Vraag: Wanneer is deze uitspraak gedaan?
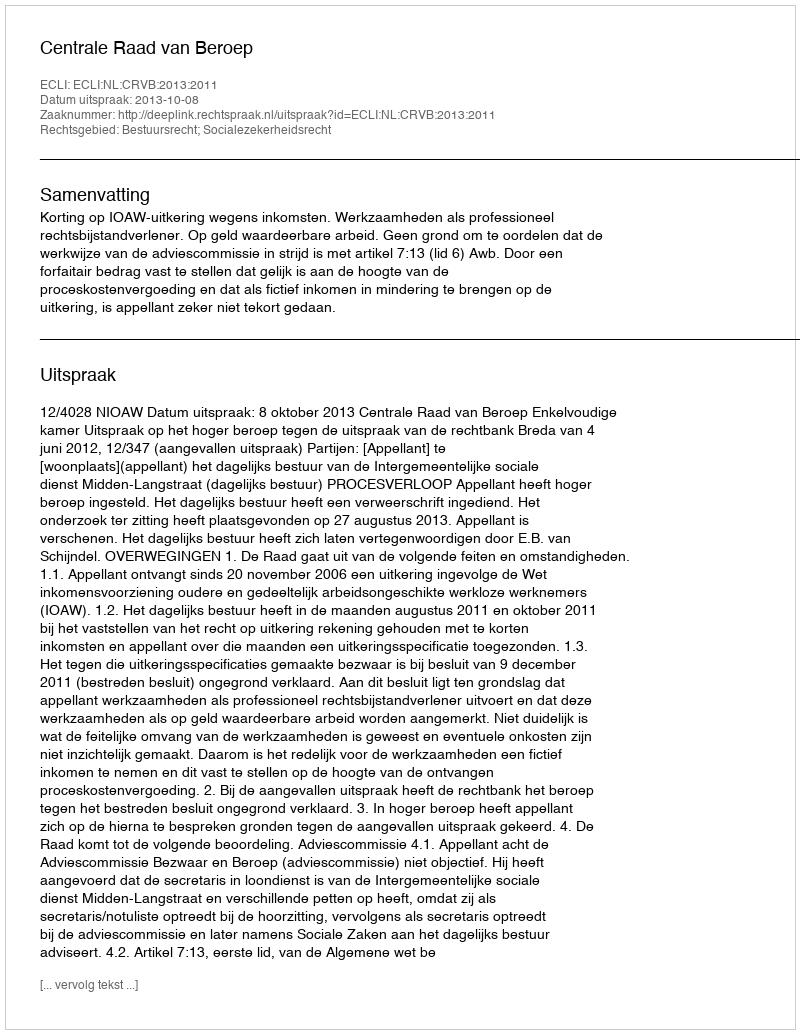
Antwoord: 2013-10-08